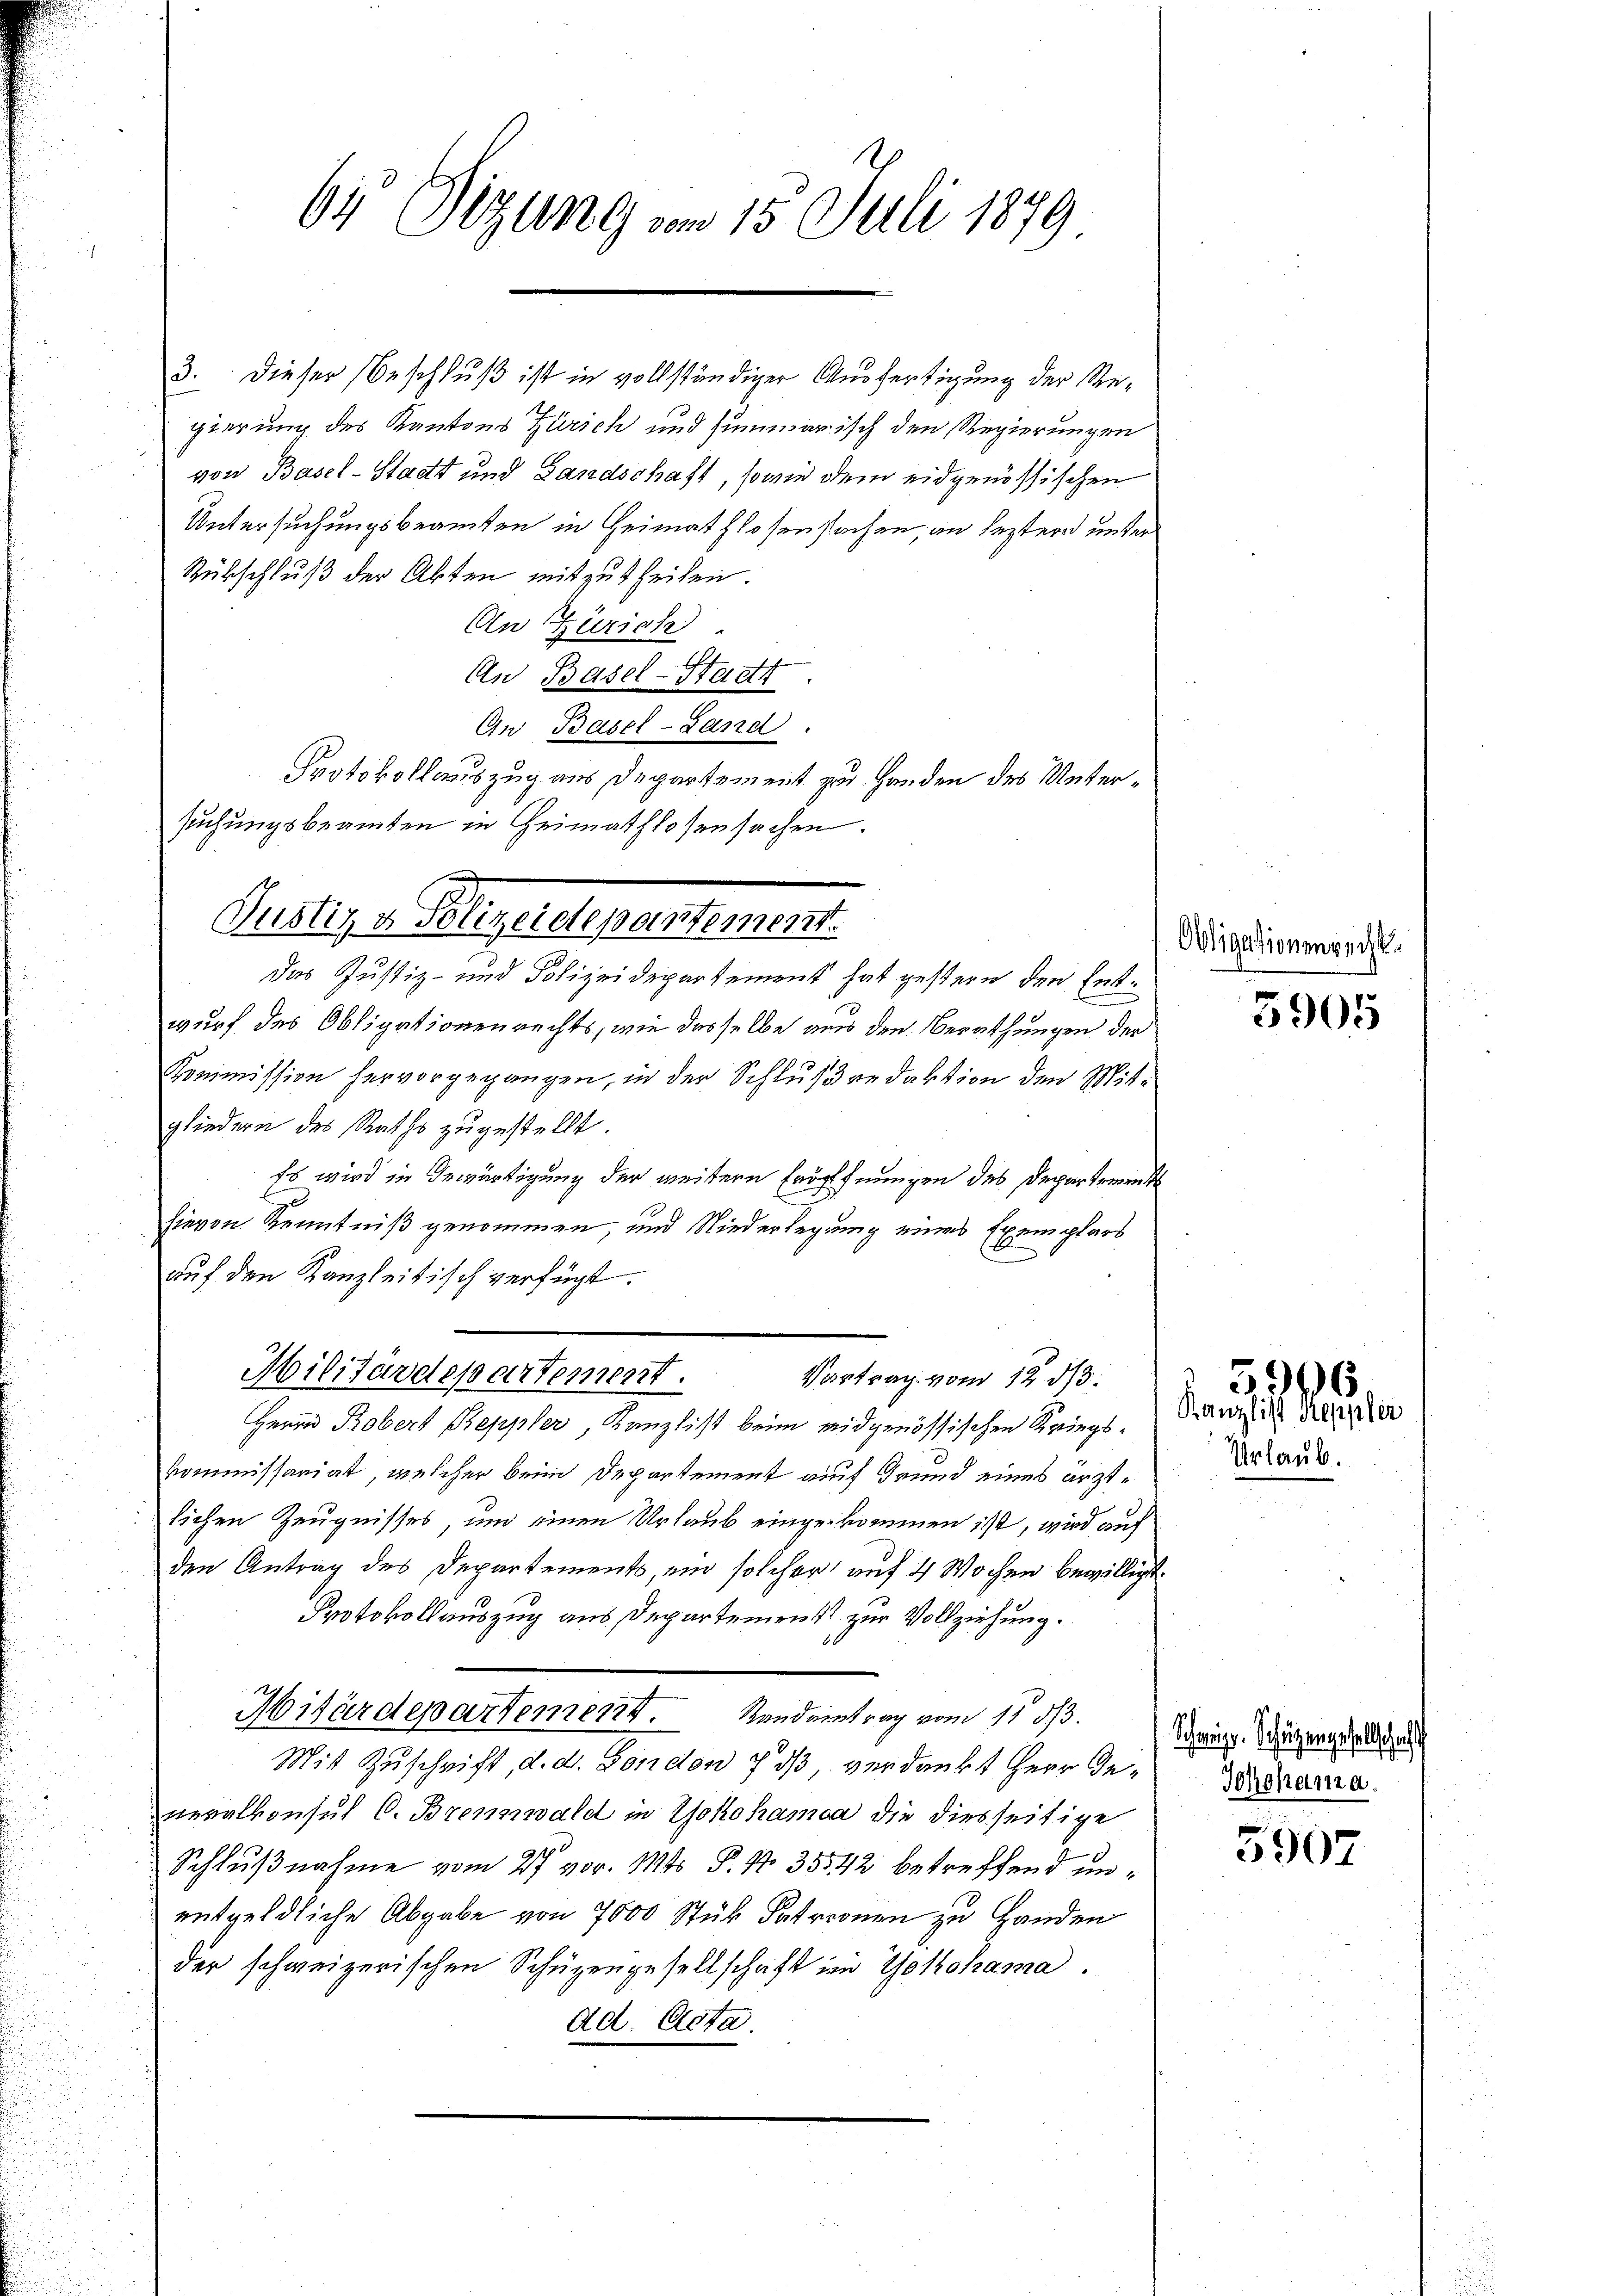
64 Sizung vom 15. Juli 1879

3. Dieser Beschluß ist in vollständiger Ausfertigung der Regierung des Kantons Zürich und summarisch den Regierungen
von Basel-Stadt und Landschaft, sowie dem eidgenössischen
Untersuchungsbeamten in Heimathlosensachen an leztern unter
Rübschluß der Akten mitzutheilen.
An Zürich
An Basel-Stadtt
An Basel-Land.
Protokollauszug aus Departement zu Handen des Untersuchungsbeamten in Heimathlosensachen.

Cuttige Stellementement.

Militärdepartement.
Vortrag vom 12. dβ.

das Justiz- und Polizeidepartement hat gestern den Entwurf des Obligationenrechts, wie dasselbe aus den Berathungen der

Kommission hervorgegangen, in der Schlußredaktion den Mitgliedern des Raths zugestellt.
Es wird in Gewärtigung der weitere Eröffnungen des Departement
hievon Kenntniß genommen, und Niederlegung eines Exemplars
auf den Kanzleitisch verfügt.
Herrn Robert Reppler, Kanzlist beim eidgenössischen Kriegskommissariat, welcher beim Departement auf Grund eines ärztlichen Zeugnisses, um einen Urlaub eingekommen ist, wird auf
den Antrag des Departements, ein solcher auf 4 Wochen bewilligt.
Protokollauszug aus Departement zur Vollziehung.
Hitärdepartement. Bandeintrag vom 11. 33.
Mit Zuschrift, d. d. London f ds verdankt Herr Generalkonsul C. Bremwald in Yokohama die diesseitige
Schlußnahme vom 27. vor. Mts P. Nr. 35542 betreffend unentgeldliche Abgabe von 7000 Stük Patronen zu Handen
der schweizerischen Schüzengesellschaft in Yokohama.
Ad. Acta

Obligationenrecht.

5905

5966
Kanzlist Keppler
Urlaub.

Schweiz. Schützengesellschaft
Jchohanza.

5907